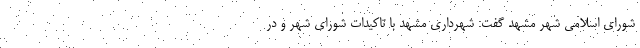
شورای اسلامی شهر مشهد گفت: شهرداری مشهد با تاکیدات شورای شهر و در